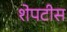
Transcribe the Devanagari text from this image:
शेपटीस